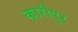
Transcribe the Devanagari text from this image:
कारीपुर